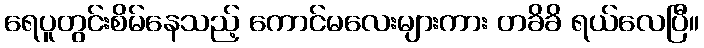
ရေပူတွင်းစိမ်နေသည့် ကောင်မလေးများကား တခိခိ ရယ်လေပြီ။